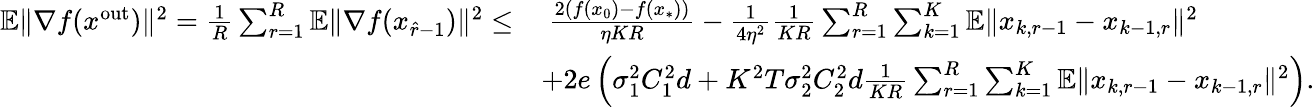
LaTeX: \begin{array}{rl}{\mathbb{E}\| \nabla f(x^{\mathrm{out}})\| ^{2}=\frac{1}{R}\sum_{r=1}^{R}\mathbb{E}\| \nabla f(x_{\hat{r}-1})\| ^{2}\leq}&{\ \frac{2(f(x_{0})-f(x_{*}))}{\eta KR}-\frac{1}{4\eta^{2}}\frac{1}{KR}\sum_{r=1}^{R}\sum_{k=1}^{K}\mathbb{E}\| x_{k,r-1}-x_{k-1,r}\| ^{2}}\\ &{+2e\left(\sigma_{1}^{2}C_{1}^{2}d+K^{2}T\sigma_{2}^{2}C_{2}^{2}d\frac{1}{KR}\sum_{r=1}^{R}\sum_{k=1}^{K}\mathbb{E}\| x_{k,r-1}-x_{k-1,r}\| ^{2}\right).}\end{array}